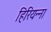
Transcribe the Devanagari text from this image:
हिरियन्ना